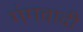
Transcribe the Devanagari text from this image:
गंगवादी